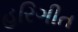
હરિગીત